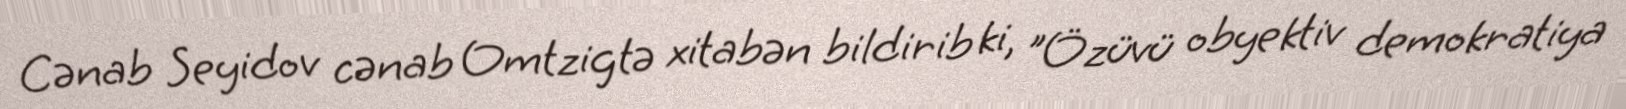
Cənab Seyidov cənab Omtzigtə xitabən bildirib ki, "Özüvü obyektiv demokratiya